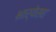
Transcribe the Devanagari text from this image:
भार्येसह